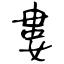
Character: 婁